Vital statistics of India. Vol. IV, Annual returns from 1871 to 1876. British Army of India, Native Army and jails of Bengal
Year: 1871
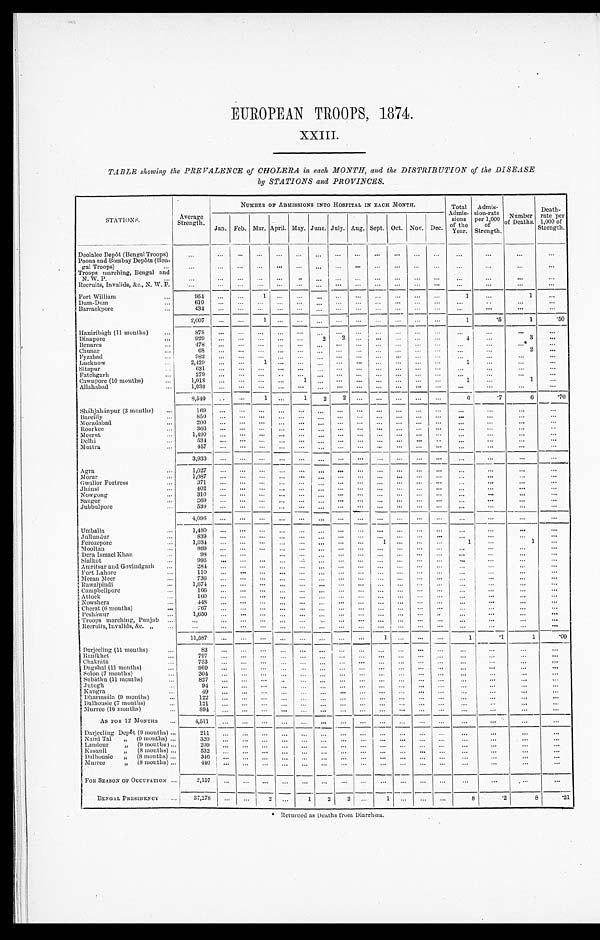
EUROPEAN TROOPS, 1874.
XXIII.
TABLE showing the PREVALENCE of CHOLERA in each MONTH, and the DISTRIBUTION of the DISEASE
by STATIONS and PROVINCES.
STATIONS.
Average
Strength.
NUMBER OF ADMISSIONS INTO HOSPITAL IN EACH MONTH.
Total
Admis-
sions
of the
Year.
Admis-
sion-rate
per 1,000
of
Strength.
Number
of Deaths.
Death-
rate per
1,000 of
Strength.
Jan. Feb. Mar. April. May. June. July. Aug. Sept. Oct. Nov. Dec.
Deolalee Depôt (Bengal Troops)
. . .
. . .
. . .
. . . . . .
. . .
. . .
. . .
. . .
. . .
. . .
. . .
. . .
. . .
. . .
. . .
. . .
Poona and Bombay Depôts (Ben
-gal Troops) . . .
. . . . . .
. . .
. . .
. . .
. . .
. . .
. . .
. . .
. . .
. . .
. . . . . .
. . .
. . .
. . .
. . .
Troops marching, Bengal and
N. W. P. . ..
. . .
. . .
. . .
. . .
. . .
. . .
. . .
. . .
. . .
. . .
. . .
. . .
. . .
. . .
. . .
. . .
. . .
Recruits, Invalids, &c., N. W. P.
. . . . . .
. . .
. . .
. . .
. . .
. . .
. . .
. . .
. . .
. . .
. . .
. . .
. . .
. . .
. . .
. . .
Fort William . . .
954
. . .
. . .
1
. . . . . . . . .
. . .
. . .
. . .
. . .
. . .
. . .
1
. . .
1
. . .
Dum-Dum . . .
6 1 9 . . .
. . .
. . .
. . . . . . . . .
. . .
. . .
. . .
. . .
. . . . . .
. . .
. . .
. . .
. . .
Barrackpore . . .
434
. . .
. . .
. . .
. . .
. . .
. . .
. . .
. . .
. . .
. . .
. . . . . .
. . .
. . .
. . .
. . .
2,007
. . .
. . .
1
. . . . . .
. . .
. . .
. . .
. . .
. . .
. . .
. . .
1
.5
1
.50
Hazáribágh (11 months) . . .
8 7 8 . . .
. . .
. . .
. . . . . .
. . .
. . .
. . .
. . .
. . .
. . .
. . .
. . .
. . .
. . .
. . .
Dinapore . . .
929
. . .
. . .
. . .
. . .
. . .
2
2
. . .
. . .
. . .
. . . . . .
4
. . .
3
. . .
Benares . . .
478
. . .
. . .
. . .
. . . . . . . . .
. . .
. . .
. . .
. . .
. . .
. . .
. . .
. . . . . .
. . .
Chunar . . .
6 8 . . .
. . .
. . .
. . . . . . . . .
. . .
. . .
. . .
. . .
. . .
. . .
. . .
. . .
2
. . .
Fyzabad . . .
982
. . .
. . .
. . .
. . .
. . .
. . .
. . .
. . .
. . .
. . .
. . .
. . .
. . .
. . .
. . .
. . .
Lucknow . . .
2,429
. . .
. . .
1
. . .
. . .
. . .
. . .
. . .
. . .
. . .
. . .
. . .
1
. . .
. . .
. . .
Sitapur . . .
631
. . .
. . .
. . .
. . .
. . .
. . .
. . .
. . .
. . .
. . .
. . .
. . .
. . .
. . .
. . .
. . .
Fatehgarh . . .
279
. . .
. . .
. . .
. . . . . . . . .
. . .
. . .
. . .
. . .
. . .
. . .
. . .
. . .
. . .
. . .
Cawnpore (10 months) . . .
1,018
. . .
. . .
. . .
. . .
1
. . .
. . .
. . .
. . .
. . .
. . . . . .
1
. . .
1
. . .
Allahabad . . .
1,030
. . .
. . .
. . .
. . .
. . .
. . .
. . .
. . .
. . .
. . .
. . .
. . .
. . .
. . .
. . .
. . .
8,540
. . .
. . .
1
. . .
1
2
2
. . .
. . .
. . .
. . . . . .
6 .7
6
. 7 0
Sháhjahánpur (3 months) . . .
169
. . .
. . .
. . .
. . .
. . .
. . .
. . .
. . .
. . .
. . .
. . .
. . .
. . .
. . .
. . .
. . .
Bareilly . . .
8 5 0 . . .
. . .
. . .
. . .
. . .
. . .
. . .
. . .
. . .
. . .
. . .
. . .
. . .
. . .
. . .
. . .
Moradabad . . .
200
. . .
. . .
. . .
. . .
. . .
. . .
. . .
. . .
. . .
. . .
. . . . . .
. . .
. . .
. . .
. . .
Roorkee . . .
360
. . .
. . .
. . .
. . .
. . .
. . .
. . .
. . .
. . .
. . .
. . . . . .
. . .
. . .
. . .
. . .
Meerut . . .
1,490
. . .
. . .
. . .
. . . . . . . . .
. . .
. . .
. . .
. . .
. . . . . .
. . .
. . .
. . .
. . .
Delhi . . .
5 3 4 . . .
. . .
. . .
. . . . . . . . .
. . .
. . .
. . .
. . .
. . .
. . .
. . .
. . .
. . .
. . .
Muttra . . .
457
. . .
. . .
. . .
. . . . . .
. . .
. . .
. . .
. . .
. . .
. . .
. . .
. . .
. . .
. . .
. . .
3 , 9 3 3 . . .
. . .
. . .
. . . . . . . . .
. . .
. . .
. . .
. . .
. . .
. . .
. . .
. . .
. . .
. . .
Agra . . .
1 , 0 2 7
. . .
. . .
. . . . . .
. . . . . .
. . .
. . .
. . .
. . .
. . .
. . .
. . .
. . .
. . .
. . .
Morar . . .
1 , 0 8 7 . . .
. . .
. . . . . .
. . . . . .
. . .
. . .
. . .
. . .
. . . . . .
. . .
. . .
. . .
. . .
Gwalior Fortress . . .
371
. . .
. . .
. . . . . .
. . .
. . .
. . .
. . .
. . .
. . .
. . .
. . .
. . .
. . .
. . .
. . .
Jhánsi . . .
402
. . .
. . .
. . . . . .
. . . . . .
. . .
. . .
. . .
. . .
. . . . . .
. . .
. . .
. . .
. . .
Nowgong . . .
310
. . .
. . .
. . .
. . .
. . .
. . .
. . .
. . .
. . .
. . .
. . .
. . .
. . .
. . .
. . .
. . .
Saugor . . .
3 6 9 . . .
. . .
. . .
. . . . . . . . .
. . .
. . .
. . .
. . .
. . .
. . .
. . .
. . .
. . .
. . .
Jubbulpore . . .
530
. . .
. . .
. . .
. . . . . . . . .
. . .
. . .
. . .
. . .
. . . . . .
. . .
. . .
. . .
. . .
4 , 0 9 6 . . .
. . .
. . .
. . .
. . .
. . .
. . .
. . .
. . .
. . .
. . . . . .
. . .
. . .
. . .
. . .
Umballa . . .
1 , 4 8 0 . . .
. . .
. . .
. . . . . . . . .
. . .
. . .
. . .
. . .
. . .
. . .
. . .
. . .
. . .
. . .
Jullundur . . ..
839
. . .
. . .
. . .
. . . . . . . . .
. . .
. . .
. . .
. . .
. . .
. . .
. . .
. . .
. . .
. . .
Ferozepore . . .
1,034
. . .
. . .
. . .
. . .
. . .
. . .
. . .
. . .
1
. . .
. . . . . .
1
. . .
1
. . .
Mooltan . . .
8 6 9 . . .
. . .
. . .
. . .
. . .
. . .
. . .
. . .
. . .
. . .
. . .
. . .
. . .
. . .
. . .
. . .
Dera Ismael Khan
. . .
98
. . .
. . .
. . .
. . .
. . .
. . .
. . .
. . .
. . .
. . .
. . .
. . .
. . .
. . .
. . .
. . .
Sialkot . . .
993
. . .
. . .
. . .
. . . . . . . . .
. . .
. . .
. . .
. . .
. . . . . .
. . .
. . .
. . .
. . .
Amritsar and Govindgarh . . .
2 8 4 . . .
. . .
. . .
. . . . . . . . .
. . .
. . .
. . .
. . .
. . . . . .
. . .
. . .
. . .
. . .
Fort Lahore . . .
110
. . .
. . .
. . .
. . .
. . . . . .
. . .
. . .
. . .
. . .
. . . . . .
. . .
. . .
. . .
. . .
Meean Meer . . .
7 3 6 . . .
. . .
. . .
. . . . . . . . .
. . .
. . .
. . .
. . .
. . .
. . .
. . .
. . .
. . .
. . .
Rawalpindi . . .
1 , 6 7 4 . . .
. . .
. . .
. . . . . . . . .
. . .
. . .
. . .
. . .
. . . . . .
. . .
. . .
. . .
. . .
Campbellpore . . .
166
. . .
. . .
. . .
. . .
. . .
. . .
. . .
. . .
. . .
. . .
. . .
. . .
. . .
. . .
. . .
. . .
Attock . . .
1 6 0 . . .
. . .
. . .
. . . . . . . . .
. . .
. . .
. . .
. . .
. . .
. . .
. . .
. . .
. . .
. . .
Nowshera . . .
4 4 8 . . .
. . .
. . .
. . . . . . . . .
. . .
. . .. . .
. . .
. . . . . .
. . .
. . .
. . .
. . .
Cherat (6 months) . . .
767
. . .
. . .
. . .
. . .
. . .
. . .
. . .
. . .. . .
. . .
. . .
. . .
. . .
. . .
. . .
. . .
Pesháwur . . .
1,650 . . .
. . .
. . .
. . .
. . .
. . .
. . .
. . .. . .
. . .
. . .. . .
. . .
. . .
. . .
. . .
Troops marching, Punjab . . .
. . .
. . .
. . .
. . .
. . . . . . . . .
. . .
. . .. . .
. . .
. . .. . .
. . .
. . .. . .
. . .
Recruits, Invalids, &c. " . . .
. . .
. . .
. . .
. . .. . .
. . . . . .
. . .
. . .. . .
. . .
. . .. . .
. . .
. . .. . .
. . .
11,587
. . . . . .
. . .
. . .. . .
. . .
. . .
. . .1
. . .. . .
. . .
1
. 1
1
.09
Darjeeling (11 months) . . .
8 3
. . . . . .
. . . . . .
. . .
. . .
. . . . . . . . .
. . .
. . .
. . .
. . .
. . .
. . .
. . .
Ranikhet . . .
797
. . .
. . . . . .
. . . . . .
. . .
. . .
. . .
. . .
. . .
. . .
. . .
. . .
. . .
. . .
. . .
Chakráta . . .
733
. . .
. . .
. . .
. . . . . .
. . .
. . .
. . .
. . .
. . .
. . .
. . .
. . .
. . .
. . .
. . .
Dagshai (11 months) . . .
969
. . .
. . .
. . .
. . . . . .
. . .
. . .
. . .
. . .
. . .
. . .
. . .
. . .
. . .
. . .
. . .
Solon (7 months) . . .
3 0 4
. . .
. . .
. . .
. . . . . .
. . .
. . .
. . . . . .
. . .
. . .
. . .
. . .
. . .
. . .
. . .
Subáthu (11 months) . . .
827
. . .
. . . . . .
. . .
. . .
. . .
. . .
. . .
. . .
. . .
. . .
. . . . . .
. . .
. . .
. . .
Jutogh . . .
9 4
. . .
. . .
. . .
. . . . . .
. . .
. . .
. . . . . .
. . .
. . .
. . . . . .
. . .
. . .
. . .
Kangra . . .
49
. . .
. . .
. . .
. . .
. . .
. . .
. . .
. . .
. . .
. . .
. . .
. . .
. . .
. . .
. . .
. . .
Dharmsála (9 months) . . .
1 2 2
. . .
. . .
. . .
. . . . . .
. . .
. . .
. . . . . .
. . .
. . .
. . .
. . .
. . .
. . .
. . .
Dalhousie (7 months) . . .
1 2 1
. . .
. . .
. . .
. . . . . .
. . .
. . .
. . . . . .
. . .
. . .
. . .
. . .
. . .
. . .
. . .
Murree (10 months) . . .
894
. . .
. . .
. . .
. . . . . .
. . .
. . .
. . .
. . .
. . .
. . .
. . .
. . .
. . .
. . .
. . .
AS FOR 12 MONTHS . . .
4,511
. . .
. . .
. . .
. . . . . .
. . .
. . .
. . .
. . .
. . .
. . .
. . .
. . .
. . .
. . .
. . .
Darj eel i ng Depôt (9 mont hs) . . .
211
. . .
. . .
. . .
. . .
. . .
. . .
. . .
. . .
. . .
. . .
. . .
. . .
. . .
. . .
. . .
. . .
Naini Tal " (9 months) . . .
3 2 0
. . .
. . .
. . .
. . .
. . .
. . .
. . .
. . .
. . .
. . .
. . .
. . .
. . .
. . .
. . .
. . .
Landour " (9 months) . . .
209
. . .
. . .
. . .
. . . . . .
. . .
. . .
. . .
. . .
. . .
. . .
. . .
. . .
. . .
. . .
. . .
Kasauli " (8 months) . . .
5 3 2
. . .
. . .
. . .
. . . . . .
. . .
. . .
. . .
. . .
. . .
. . .
. . . . . .
. . .
. . .
. . .
Dalhousie " (8 months) . . .
346
. . .
. . .
. . .
. . . . . .
. . .
. . .
. . .
. . .
. . .
. . .
. . .
. . .
. . .
. . .
. . .
Murree " (8 months) . . .
440
. . .
. . .
. . .
. . .
. . .
. . .
. . .
. . .
. . .
. . .
. . .
. . .
. . .
. . .
. . .
. . .
FOR SEASON OF OCCUPATION . . .
2 , 1 5 7
. . .
. . .
. . .
. . .. . .
. . .
. . .
. . .
. . .
. . .
. . .
. . .
. . .
. . .
. . .
. . .
BENGAL PRESIDENCY . . .
37,278
. . .
. . .
2
. . .
1
2
2
. . .
1
. . . . . .
. . .
8
.2
8
.21
* Returned as Deaths from Diarrhœa.